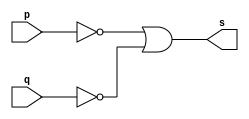
// -------------------------
// Exercicio 04 - NAND Morgan
// Nome: Yousef
// -------------------------
// -------------------------
// -- and gate
// -------------------------
module nandgate ( output s, input p, input q);
assign s = ~p | ~q;
endmodule // nandgate
// ---------------------
// -- test and gate
// ---------------------
module testnandgate;
// ------------------------- dados locais
reg a, b; // definir registradores
wire s; // definir conexao (fio)
// ------------------------- instancia
nandgate NAND1 (s, a, b);
// ------------------------- preparacao
initial begin:start
// atribuicao simultanea
// dos valores iniciais
a=0; b=0;
end
// ------------------------- parte principal
initial begin
$display("Exercicio01 - Yousef - 441714");
$display("Test NAND gate (Morgan)");
$display("\na & b = s\n");
$monitor("~%b | ~%b = %b", a, b, s);
#1a=0; b=0;
#1a=0; b=1;
#1 a=1; b=0;
#1 a=1; b=1;

end
endmodule // testandgate